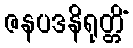
ဇနပဒနိရုတ္တိံ